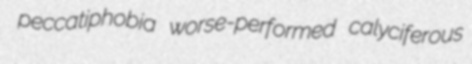
peccatiphobia worse-performed calyciferous